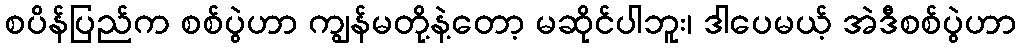
စပိန်ပြည်က စစ်ပွဲဟာ ကျွန်မတို့နဲ့တော့ မဆိုင်ပါဘူး၊ ဒါပေမယ့် အဲဒီစစ်ပွဲဟာ